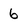
Character: 6